Civil Veterinary Dept. Bombay admin report 1900-1906 - 1900-1906
Year: 1900
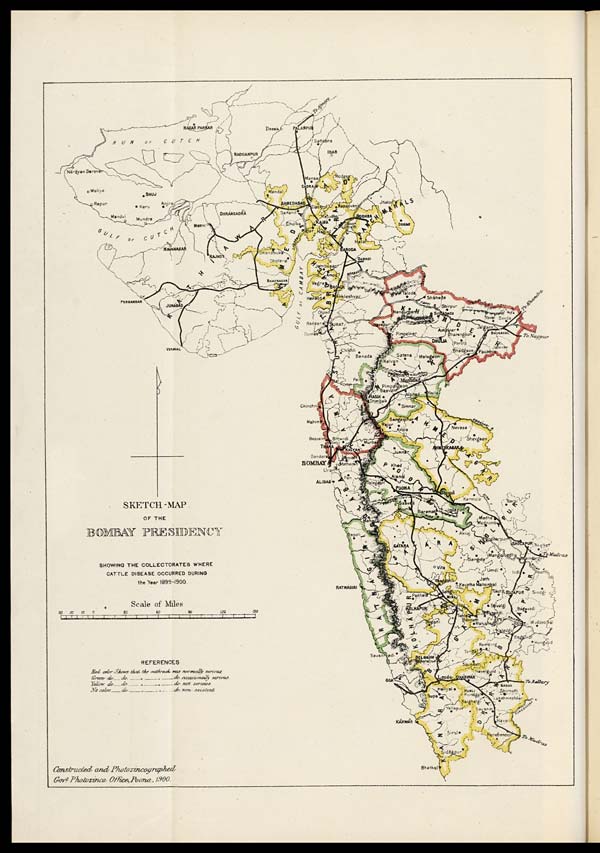
SKETCH-MAP
OF THE
BOMBAY PRESIDENCY
SHOWING THE COLLECTORATES WHERE
CATTLE DISEASE OCCURRED DURING
the Year 1899-1900.
Constructed and Photozuncographed,
Govt Photozinco: Office, Poona, 1900.